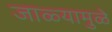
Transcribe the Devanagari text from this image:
जाळ्यामुळे